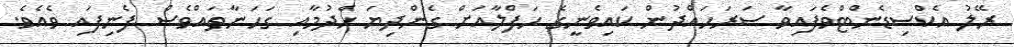
ރޭލު އެކްސިޑެންޓްވެފައިވާ ސަރަހައްދުން ކައިވެނީގެ ހަފްލާއަށް ގެންދިޔަ ހެދުމާއި ގަހަނާތައްވެސް ފެނިފައި ވެއެވެ.